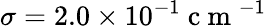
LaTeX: \sigma=2.0\times 10^{-1}\mathrm{~c~m~}^{-1}